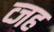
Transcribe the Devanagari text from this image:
व्जह